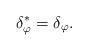
LaTeX: \begin{align*}\delta_{\varphi}^* =\delta_{\varphi}.\end{align*}